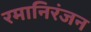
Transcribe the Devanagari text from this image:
रमानिरंजन